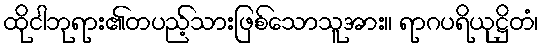
ထိုငါဘုရား၏တပည့်သားဖြစ်သောသူအား။ ရာဂပရိယုဋ္ဌိတံ၊